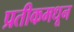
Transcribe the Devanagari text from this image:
प्रतीकमधून